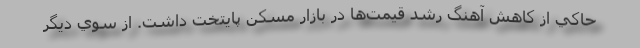
حاكي از كاهش آهنگ رشد قيمت‌ها در بازار مسكن پايتخت داشت. از سوي ديگر